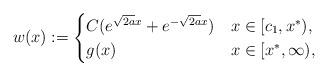
LaTeX: \begin{align*}w(x):=\begin{cases}C(e^{\sqrt{2a}x}+e^{-\sqrt{2a}x}) & x\in [c_1,x^*),\\g(x) & x\in [x^*,\infty),\end{cases}\end{align*}